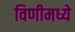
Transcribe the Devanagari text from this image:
विणीमध्ये